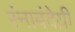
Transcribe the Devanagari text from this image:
रंनाबंदेय्री